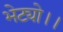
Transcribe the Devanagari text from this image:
भेट्यो।।